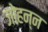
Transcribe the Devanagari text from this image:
जोहन्न